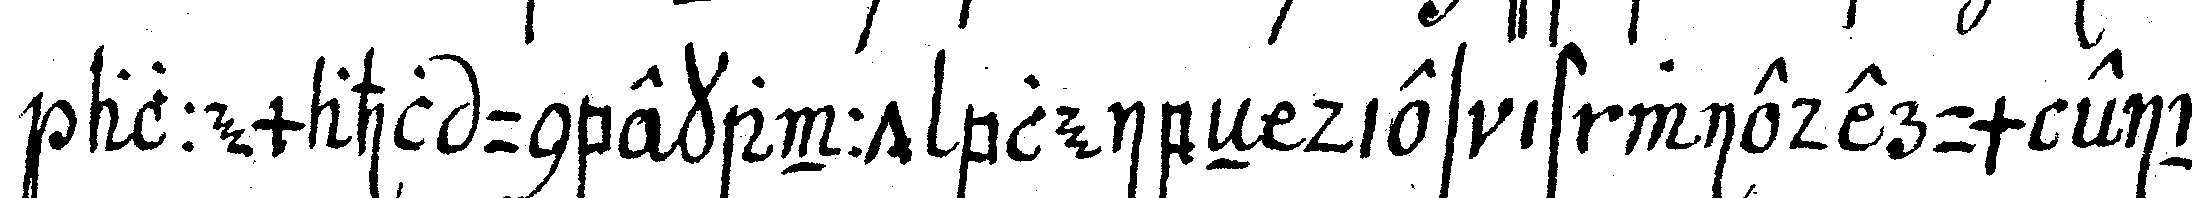
allemahl unbekannt bleibeN dies ist wiederum ein